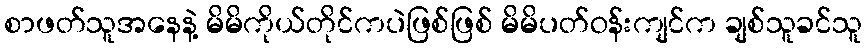
စာဖတ်သူအနေနဲ့ မိမိကိုယ်တိုင်ကပဲဖြစ်ဖြစ် မိမိပတ်ဝန်းကျင်က ချစ်သူခင်သူ